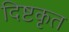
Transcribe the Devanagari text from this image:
दिष्टकृत